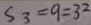
S _ { 3 } = 9 = 3 ^ { 2 }